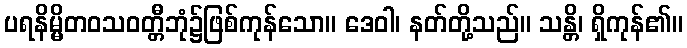
ပရနိမ္မိတဝသဝတ္တီဘုံ၌ဖြစ်ကုန်သော။ ဒေဝါ၊ နတ်တို့သည်။ သန္တိ၊ ရှိကုန်၏။